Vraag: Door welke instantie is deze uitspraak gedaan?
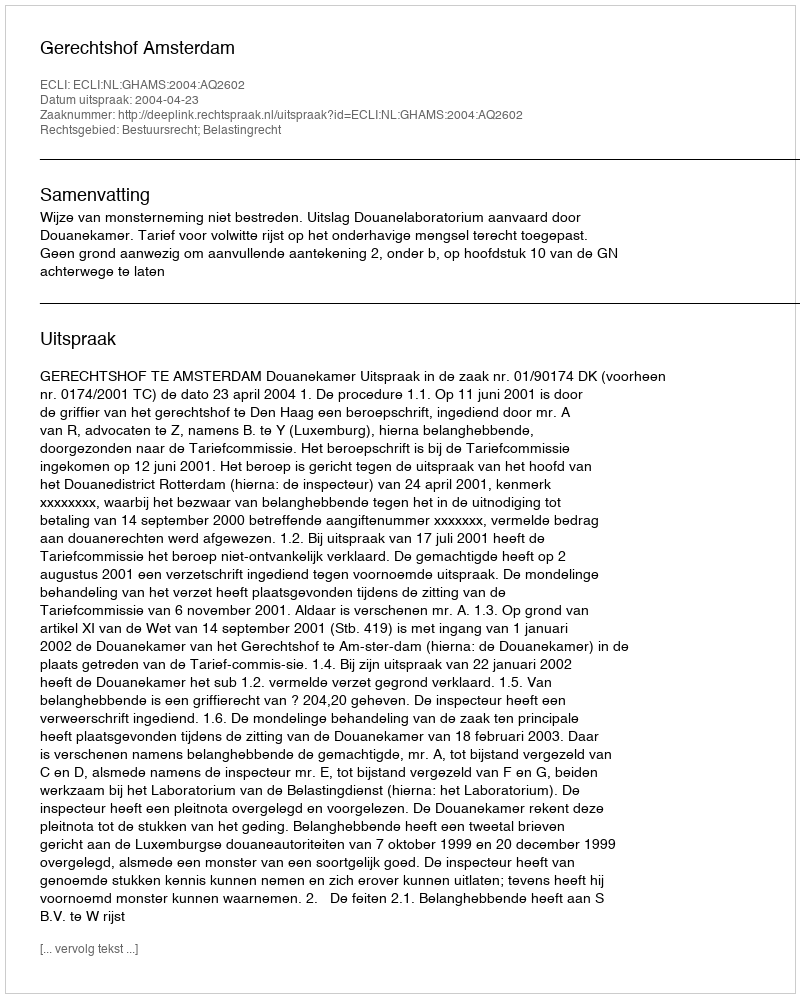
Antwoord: Gerechtshof Amsterdam